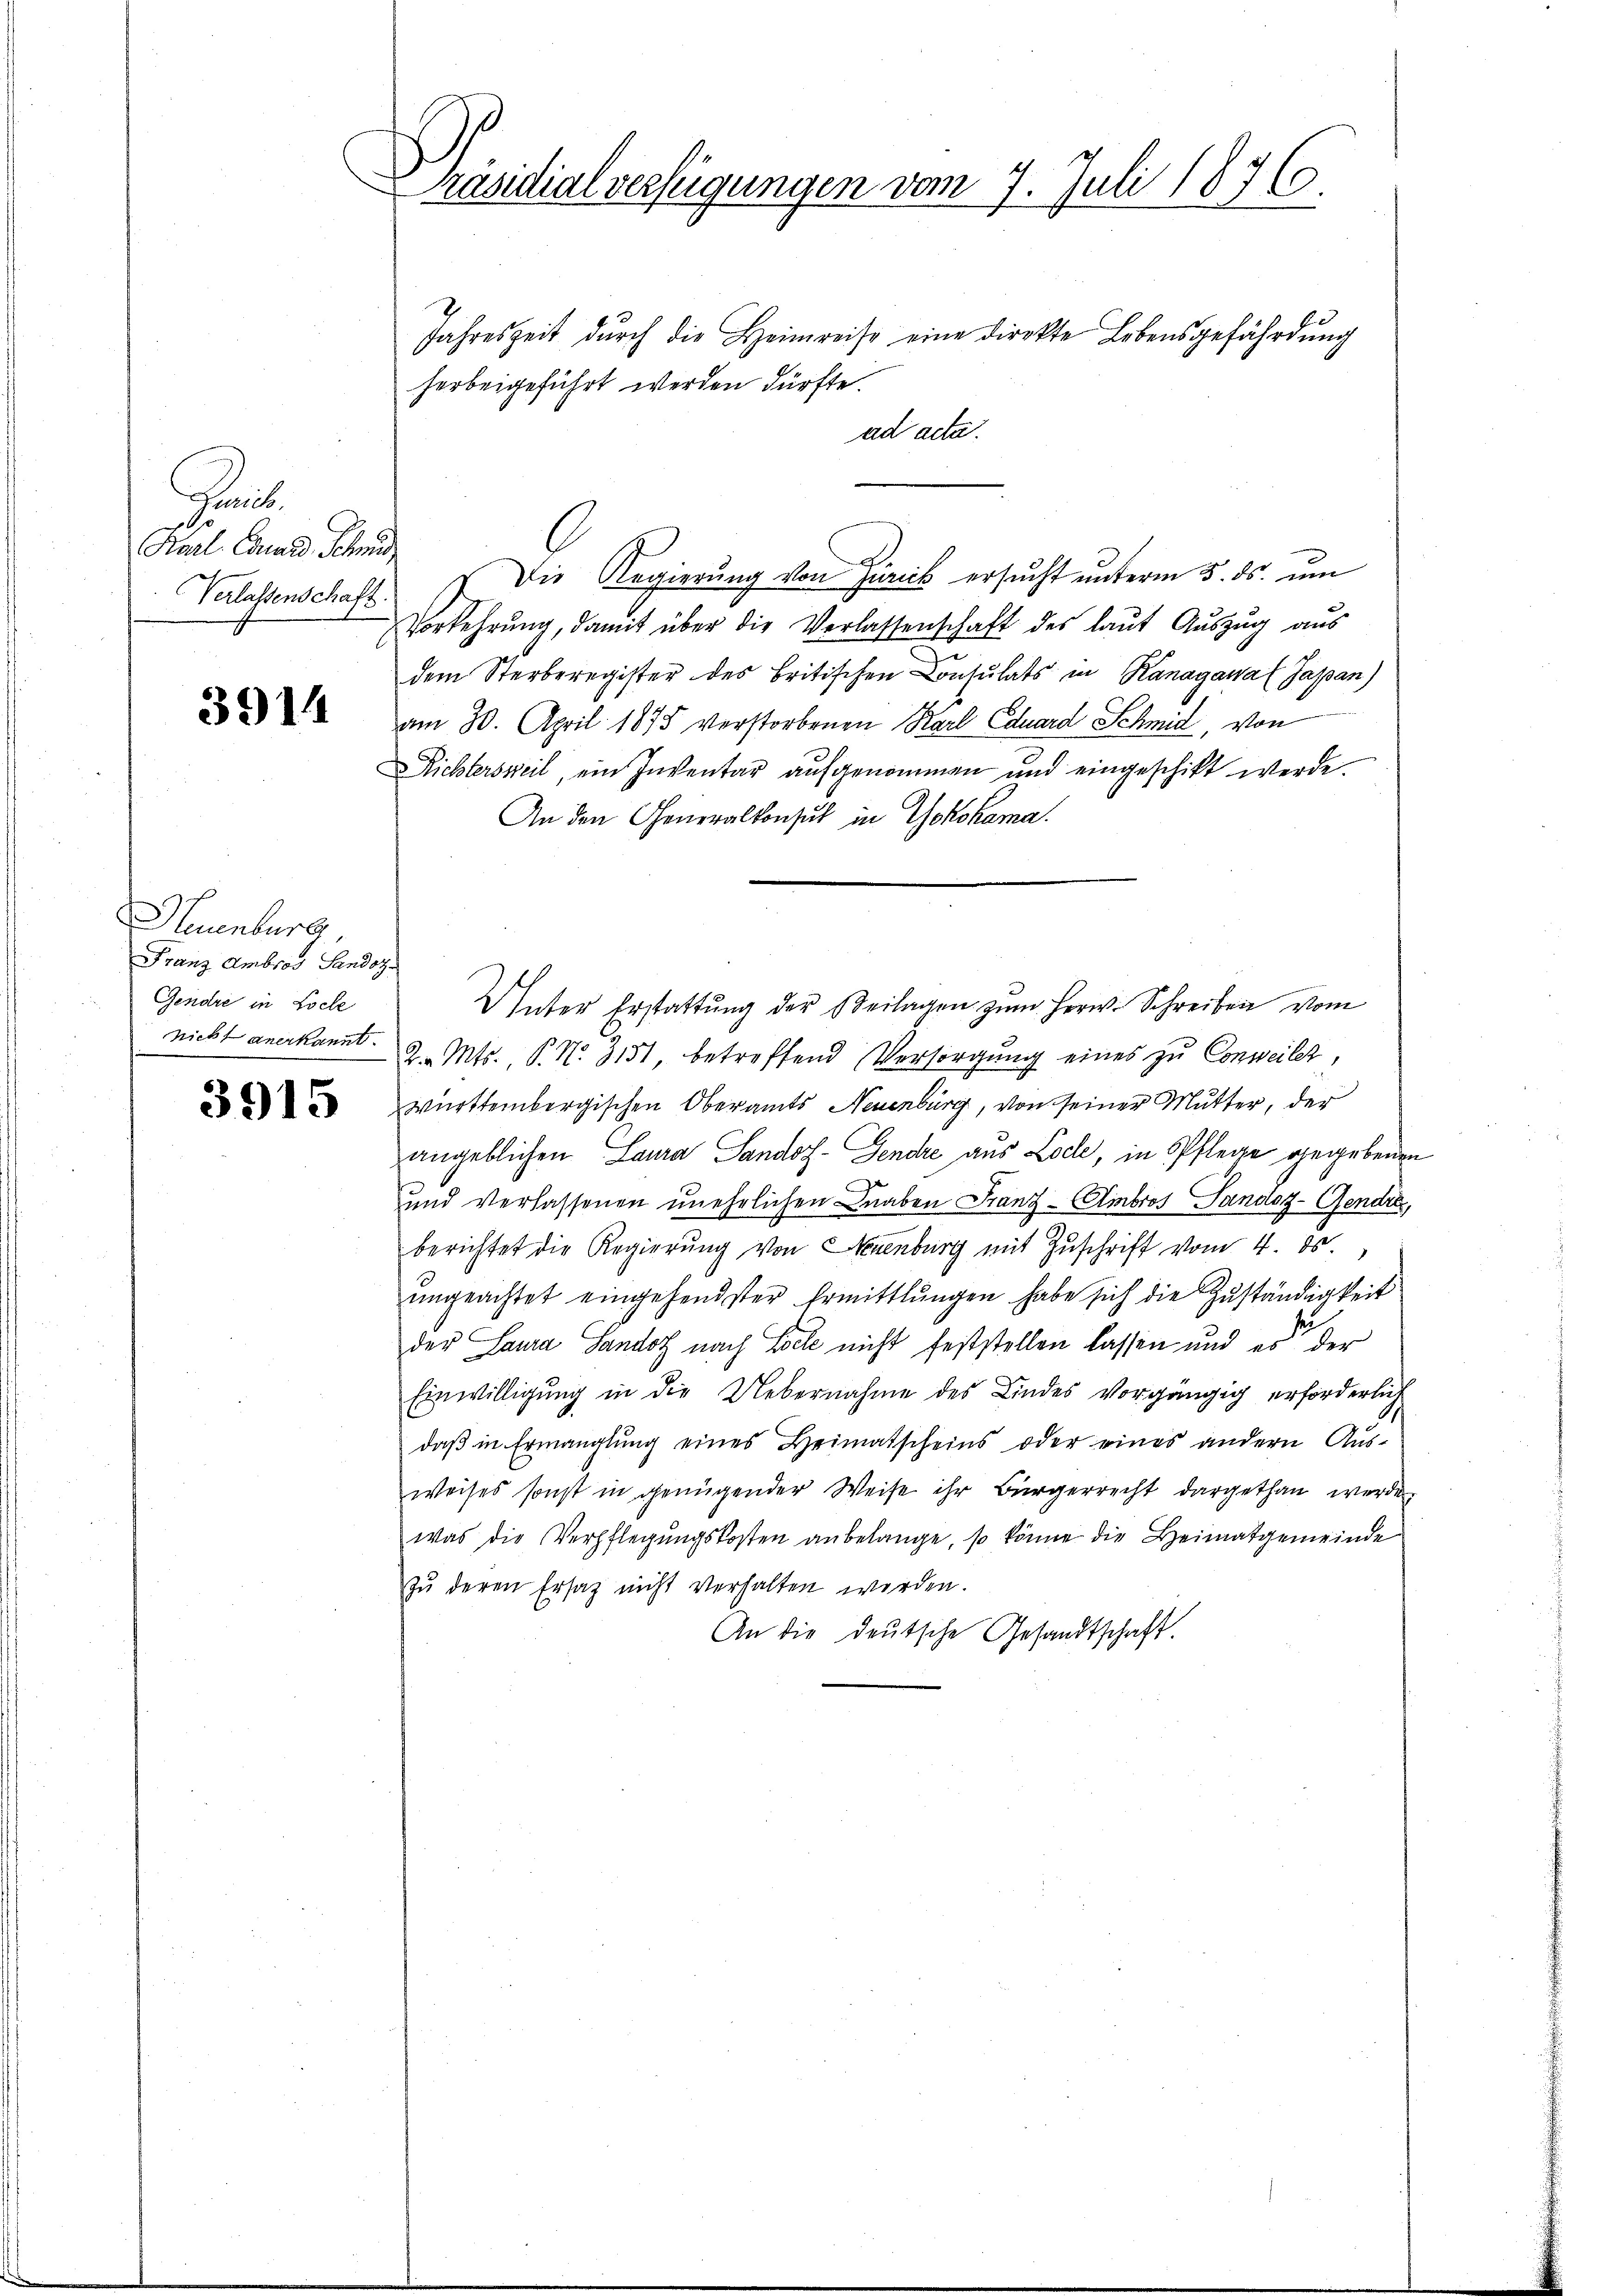
Graub
Karl. Conrad Schu
Verlassenschaft.

3914

Neuenburg
Franz Ambros Sandoz
Gendre in Loche

3915

Präsidialverfügungen vom 7. Juli 1876
.

Jahreszeit dŭrch die Heimreise eine direkte Lebensgefährdung
herbeigeführt werden dürfte.
ad acta.
 Die Regierŭng von Zürick ersucht unterm 5. ds. um
Vorkehrung, damit über die Verlassenschaft des laut Auszug aus
dem Sterberegister des Britischen Consulats in Ranagana (Japan)
am 30. April 1875 verstorbenen Karl Eduard Schmid, von
Richtersweil, ein Inventar aufgenommen und eingeschikt werde.
An den Generalkonsul in Yokohama
Unter Erstattung der Beilagen zum Herw. Schreiben vom
nicht anerkannt. 2. Mts., P. N. 3151, betreffend Versorgŭng eines zu Conweilet,
württembergischen Oberamts Neuenburg, von seiner Mutter, der
angeblichen Laura Sandos - Gendre aus Locle, in Pflege gegebenen
und Verlassenen unehrlichen Knaben Franz - Ambros Sandot-Gendre,
berichtet die Regierung von Luenburg mit Zuschrift vom 4. ds.
ŭngeachtet eingehendster Ermittlungen habe sich die Zŭständigkeit
der Lausa Landot nach Colle nicht feststellen lassen und es der
Einwilligung in die Uebernahme des Kindes vorgängig erforderlich
daβ in Ermanglung eines Heimatscheins oder eines andern Aŭs-
weises sonst in genügender Weise ihr Bürgerrecht dargethan werde
was die Verpflegungskosten anbelange, so könne die Heimatgemeinde
Zŭ deren Ersatz nicht verhalten werden.
An die deutsche Gesandtschaft.